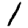
Digit: 1